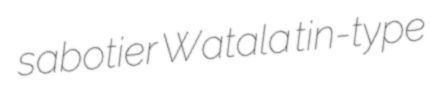
sabotier Watala tin-type